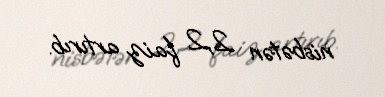
nisbətən 2,2 faiz artırıb.